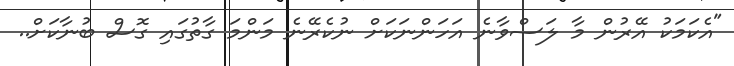
"އެކަމަކު އޭރުން މާ ލަސްވާނެ އަހަންނަކަށް ނުކެރޭނެ މަންމަ ގާތުގައި ގޮސް ބުނާކަށް..